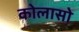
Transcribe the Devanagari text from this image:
कोलासो